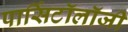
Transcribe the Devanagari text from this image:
पार्सिटॉलॉजी